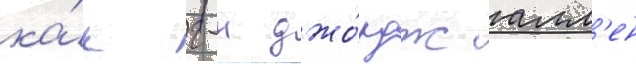
ка́к г-н джо́рдж алл'ен